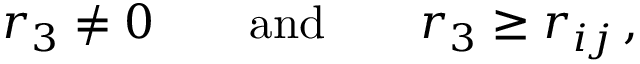
r _ { 3 } \not = 0 \qquad \mathrm { a n d } \qquad r _ { 3 } \geq r _ { i j } \, ,